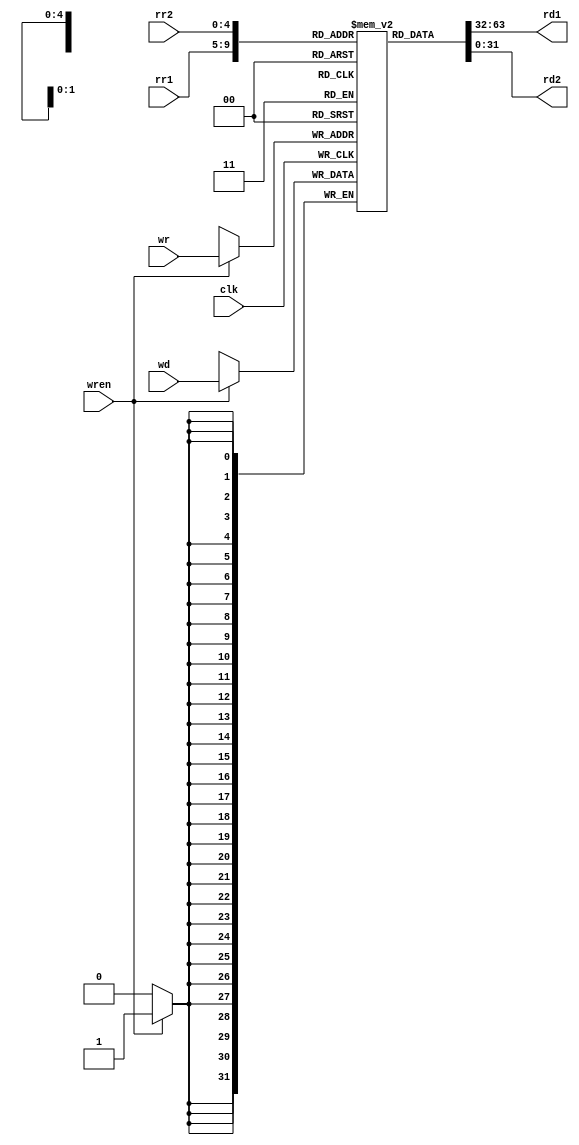
`timescale 1ns / 1ns
//////////////////////////////////////////////////////////////////////////////////
// Company: 
// Engineer: 
// 
// Design Name: 
// Module Name: 
// Project Name: 
// Target Devices: 
// Tool Versions: 
// Description: 
// 
// Dependencies: 
// 
// Revision:
// Revision 0.01 - File Created
// Additional Comments:
// 
//////////////////////////////////////////////////////////////////////////////////

module reg_file(clk, wren, wd, rr1, rr2, wr, rd1, rd2);
  input clk, wren; //clock and write enable ports
  input [4:0] rr1, rr2, wr; //5 bit register address inputs
  input [31:0] wd; //data to write
  output [31:0] rd1, rd2; //read data outputs

  reg [31:0] file [31:0]; //32 registers 32bits wide
   initial begin
	  
    // init rest of your file
   file[0]  = 32'h0;
   file[1]  = 32'h0;
   file[2]  = 32'h0;
   file[3]  = 32'h0;
   file[4]  = 32'h0;
   file[5]  = 32'h0;
   file[6]  = 32'h0;
   file[7]  = 32'h0;
   file[8]  = 32'h0;
   file[9]  = 32'h0;
   file[10]  = 32'h0;
   file[11]  = 32'h0;
   file[12]  = 32'h0;
   file[13]  = 32'h0;
   file[14]  = 32'h0;
   file[15]  = 32'h0;
   file[16]  = 32'h0;
   file[17]  = 32'h0;
   file[18]  = 32'h0;
   file[19]  = 32'h0;
   file[20]  = 32'h0;
   file[21]  = 32'h0;
   file[22]  = 32'h0;
   file[23]  = 32'h0;
   file[24]  = 32'h0;
   file[25]  = 32'h0;
   file[26]  = 32'h0;
   file[27]  = 32'h0;
   file[28]  = 32'h0;
   file[29]  = 32'h0;
   file[30]  = 32'h0;
   file[31]  = 32'h0;
   end

  //should be combinational
  assign rd1 = file[rr1];  // finish your desigh 
  assign rd2 = file[rr2]; // finish your desigh 

  //write data Logic when the wren triggered
  always @(posedge clk) begin
    // finish your design
    if(wren) begin
	       file[wr] <= wd;
	  end
  end

endmodule